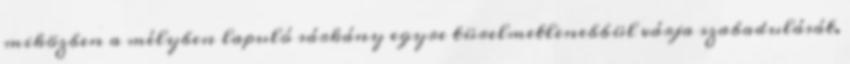
miközben a mélyben lapuló sárkány egyre türelmetlenebbül várja szabadulását.